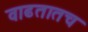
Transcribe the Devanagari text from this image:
वाढतातच